Vabadussoja_Ajaloo_Komitee, lk 16
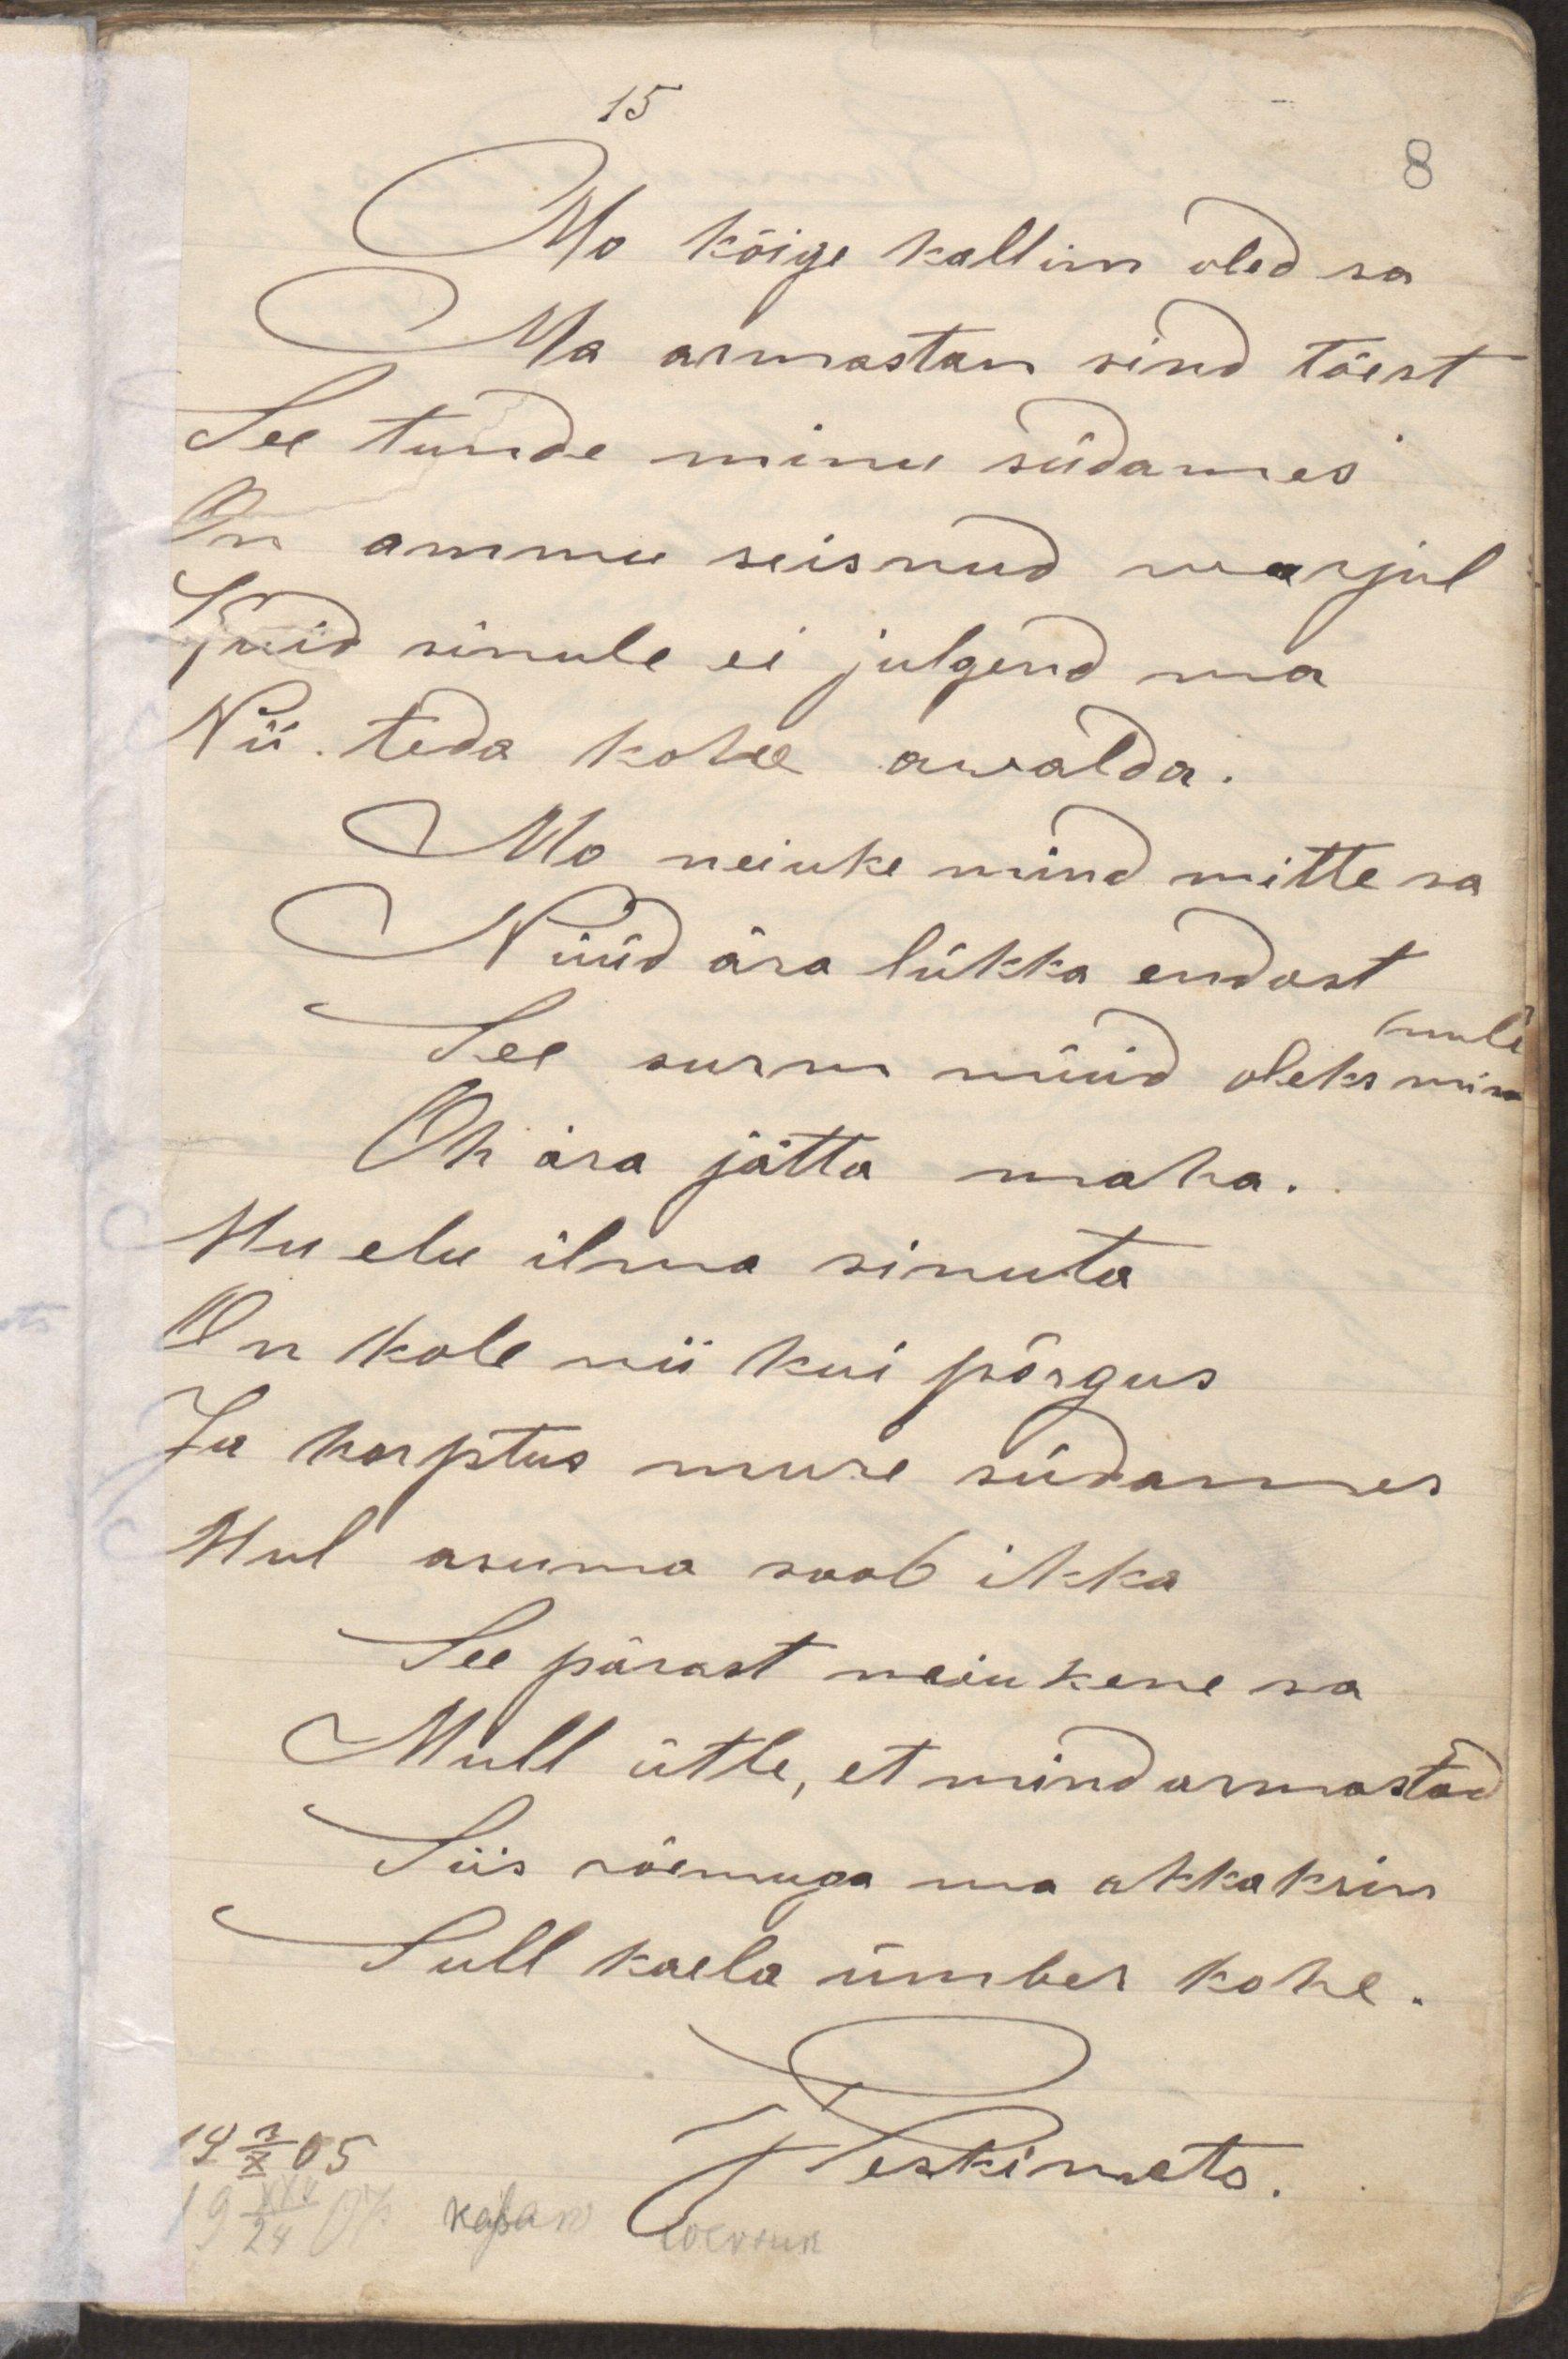
Mu kõige kallim oled sa
Ma armastan sind tõest
See tunde minu südames
On ammu seisnud warjul
Kuid sinule ei julgend ma
Nii teda kohe awalda.
Mo neiuke mind mitte sa
Nüüd ära lükka endast
See surm nüüd oleks
Oh ära jätta maha.
Mu elu ilma sinuta
On kole nii kui põrgus
Su kurptus mure südames
Mul asuma saab ikka
See pärast neiukene sa
Mull ütle, et mind armastad
Siis südamega ma akkaksin
Sull kaela ümber kohe.
Weskimets.
19 3/X 05